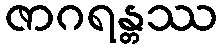
ဇာဂရန္တဿ